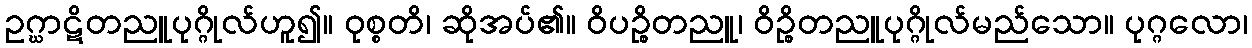
ဥဂ္ဃာဋိတညူပုဂ္ဂိုလ်ဟူ၍။ ဝုစ္စတိ၊ ဆိုအပ်၏။ ဝိပဉ္စိတညူ၊ ဝိဉ္စိတညူပုဂ္ဂိုလ်မည်သော။ ပုဂ္ဂလော၊